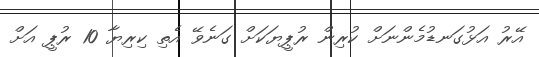
އޭރު އަޅުގަނޑުމެންނަށް ކުރިން ރުޕީޔަކަށް ގަނެވޭ އެތި ކިރިޔާ 10 ރުޕީ އަށް